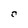
Character: C